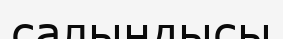
салындысы